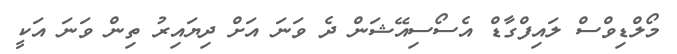
މޯލްޑިވްސް ލައިފްގާޑް އެސޯސިއޭޝަން ދެ ވަނަ އަށް ދިޔައިރު ތިން ވަނަ އަކީ